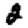
Digit: 2